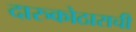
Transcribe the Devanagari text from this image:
दारुकोठाराची